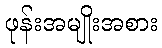
ဖုန်းအမျိုးအစား